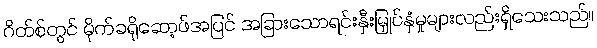
ဂိတ်စ်တွင် မိုက်ခရိုဆော့ဖ်အပြင် အခြားသောရင်းနှီးမြှုပ်နှံမှုများလည်းရှိသေးသည်။